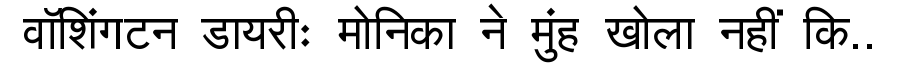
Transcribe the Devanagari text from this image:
वॉशिंगटन डायरीः मोनिका ने मुंह खोला नहीं कि..